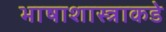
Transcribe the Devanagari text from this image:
भाषाशास्त्राकडे